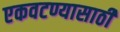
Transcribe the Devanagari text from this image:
एकवटण्यासाठी